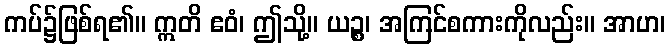
ကပ်၌ဖြစ်ရ၏။ ဣတိ ဧဝံ၊ ဤသို့။ ယဉ္စ၊ အကြင်စကားကိုလည်း။ အာဟ၊